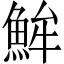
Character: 𩶢